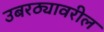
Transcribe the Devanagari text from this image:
उबरठ्यावरील